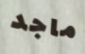
ماجد